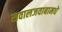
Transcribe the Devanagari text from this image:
सवालजवाबामधे